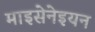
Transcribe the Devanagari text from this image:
माइसेनेइयन